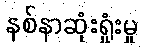
နစ်နာဆုံးရှုံးမှု